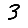
Digit: 3